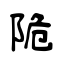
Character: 陒